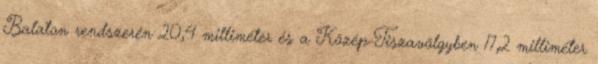
Balaton rendszerén 20,4 milliméter és a Közép-Tiszavölgyben 17,2 milliméter